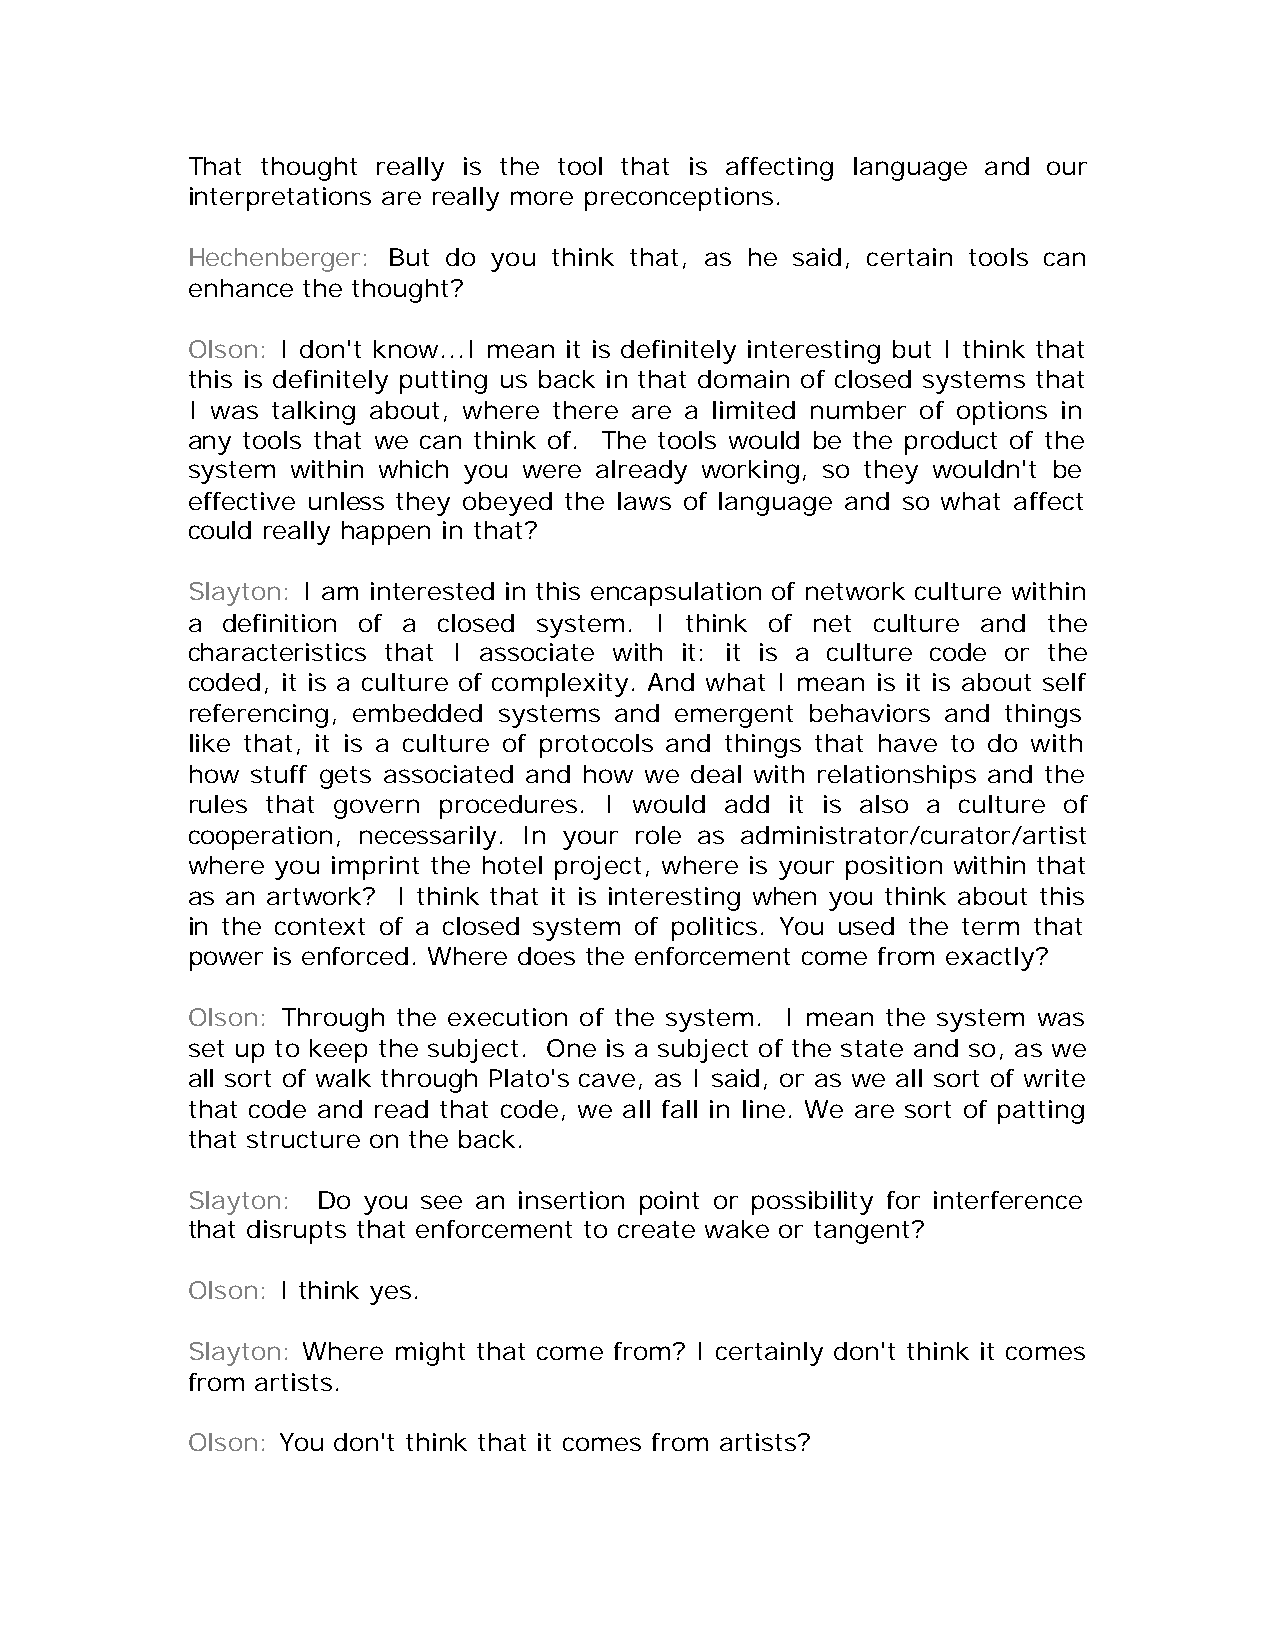
That thought really is the tool that is affecting language and our
 interpretations are really more preconceptions.
 Hechenberger: But do you think that, as he said, certain tools can
 enhance the thought?
 Olson: I don't know...I mean it is definitely interesting but I think that
 this is definitely putting us back in that domain of closed systems that
 I was talking about, where there are a limited number of options in
 any tools that we can think of. The tools would be the product of the
 system within which you were already working, so they wouldn't be
 effective unless they obeyed the laws of language and so what affect
 could really happen in that?
 Slayton: I am interested in this encapsulation of network culture within
 a  definition of a closed system. I think of net culture and the
 characteristics that I associate with it: it is a culture code or the
 coded, it is a culture of complexity. And what I mean is it is about self
 referencing, embedded systems and emergent behaviors and things
 like that, it is a culture of protocols and things that have to do with
 how  stuff gets associated and how we deal with relationships and the
 rules that govern procedures. I would add it is also a culture of
 cooperation, necessarily. In your role as administrator/curator/artist
 where you imprint the hotel project, where is your position within that
 as an artwork? I think that it is interesting when you think about this
 in the context of a closed system of politics. You used the term that
 power is enforced. Where does the enforcement come from exactly?
 Olson: Through the execution of the system. I mean the system was
 set up to keep the subject. One is a subject of the state and so, as we
 all sort of walk through Plato's cave, as I said, or as we all sort of write
 that code and read that code, we all fall in line. We are sort of patting
 that structure on the back.
 Slayton: Do you see an insertion point or possibility for interference
 that disrupts that enforcement to create wake or tangent?
 Olson: I think yes.
 Slayton: Where might that come from? I certainly don't think it comes
 from artists.
 Olson: You don't think that it comes from artists?